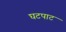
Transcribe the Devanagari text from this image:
घटपाट